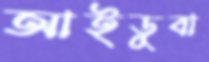
আইডুবা